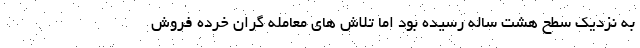
به نزدیک سطح هشت ساله رسیده بود اما تلاش های معامله گران خرده فروش